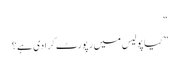
“
” کیا پولیس میں رپورٹ کرادی ہے؟